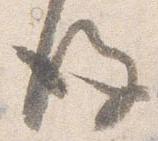
後